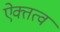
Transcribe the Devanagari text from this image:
ऐक्तत्व